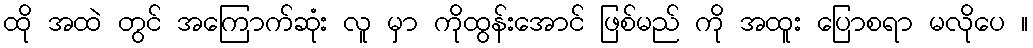
ထို အထဲ တွင် အကြောက်ဆုံး လူ မှာ ကိုထွန်းအောင် ဖြစ်မည် ကို အထူး ပြောစရာ မလိုပေ ။